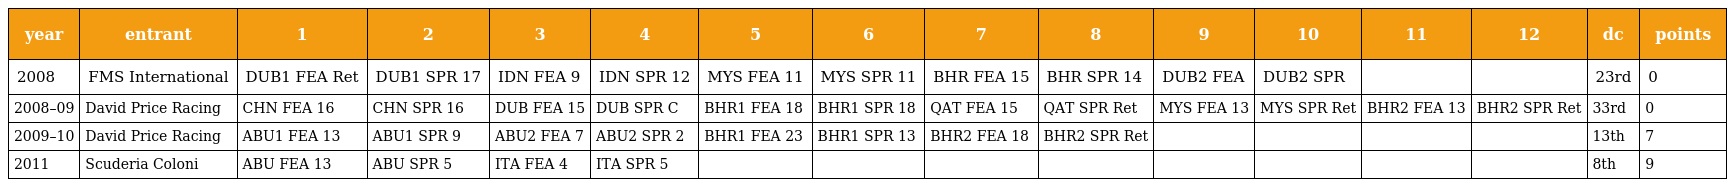
| year | entrant | 1 | 2 | 3 | 4 | 5 | 6 | 7 | 8 | 9 | 10 | 11 | 12 | dc | points |
 | --- | --- | --- | --- | --- | --- | --- | --- | --- | --- | --- | --- | --- | --- | --- | --- |
 | 2008 | FMS International | DUB1 FEA Ret | DUB1 SPR 17 | IDN FEA 9 | IDN SPR 12 | MYS FEA 11 | MYS SPR 11 | BHR FEA 15 | BHR SPR 14 | DUB2 FEA | DUB2 SPR |  |  | 23rd | 0 |
 | 2008–09 | David Price Racing | CHN FEA 16 | CHN SPR 16 | DUB FEA 15 | DUB SPR C | BHR1 FEA 18 | BHR1 SPR 18 | QAT FEA 15 | QAT SPR Ret | MYS FEA 13 | MYS SPR Ret | BHR2 FEA 13 | BHR2 SPR Ret | 33rd | 0 |
 | 2009–10 | David Price Racing | ABU1 FEA 13 | ABU1 SPR 9 | ABU2 FEA 7 | ABU2 SPR 2 | BHR1 FEA 23 | BHR1 SPR 13 | BHR2 FEA 18 | BHR2 SPR Ret |  |  |  |  | 13th | 7 |
 | 2011 | Scuderia Coloni | ABU FEA 13 | ABU SPR 5 | ITA FEA 4 | ITA SPR 5 |  |  |  |  |  |  |  |  | 8th | 9 |